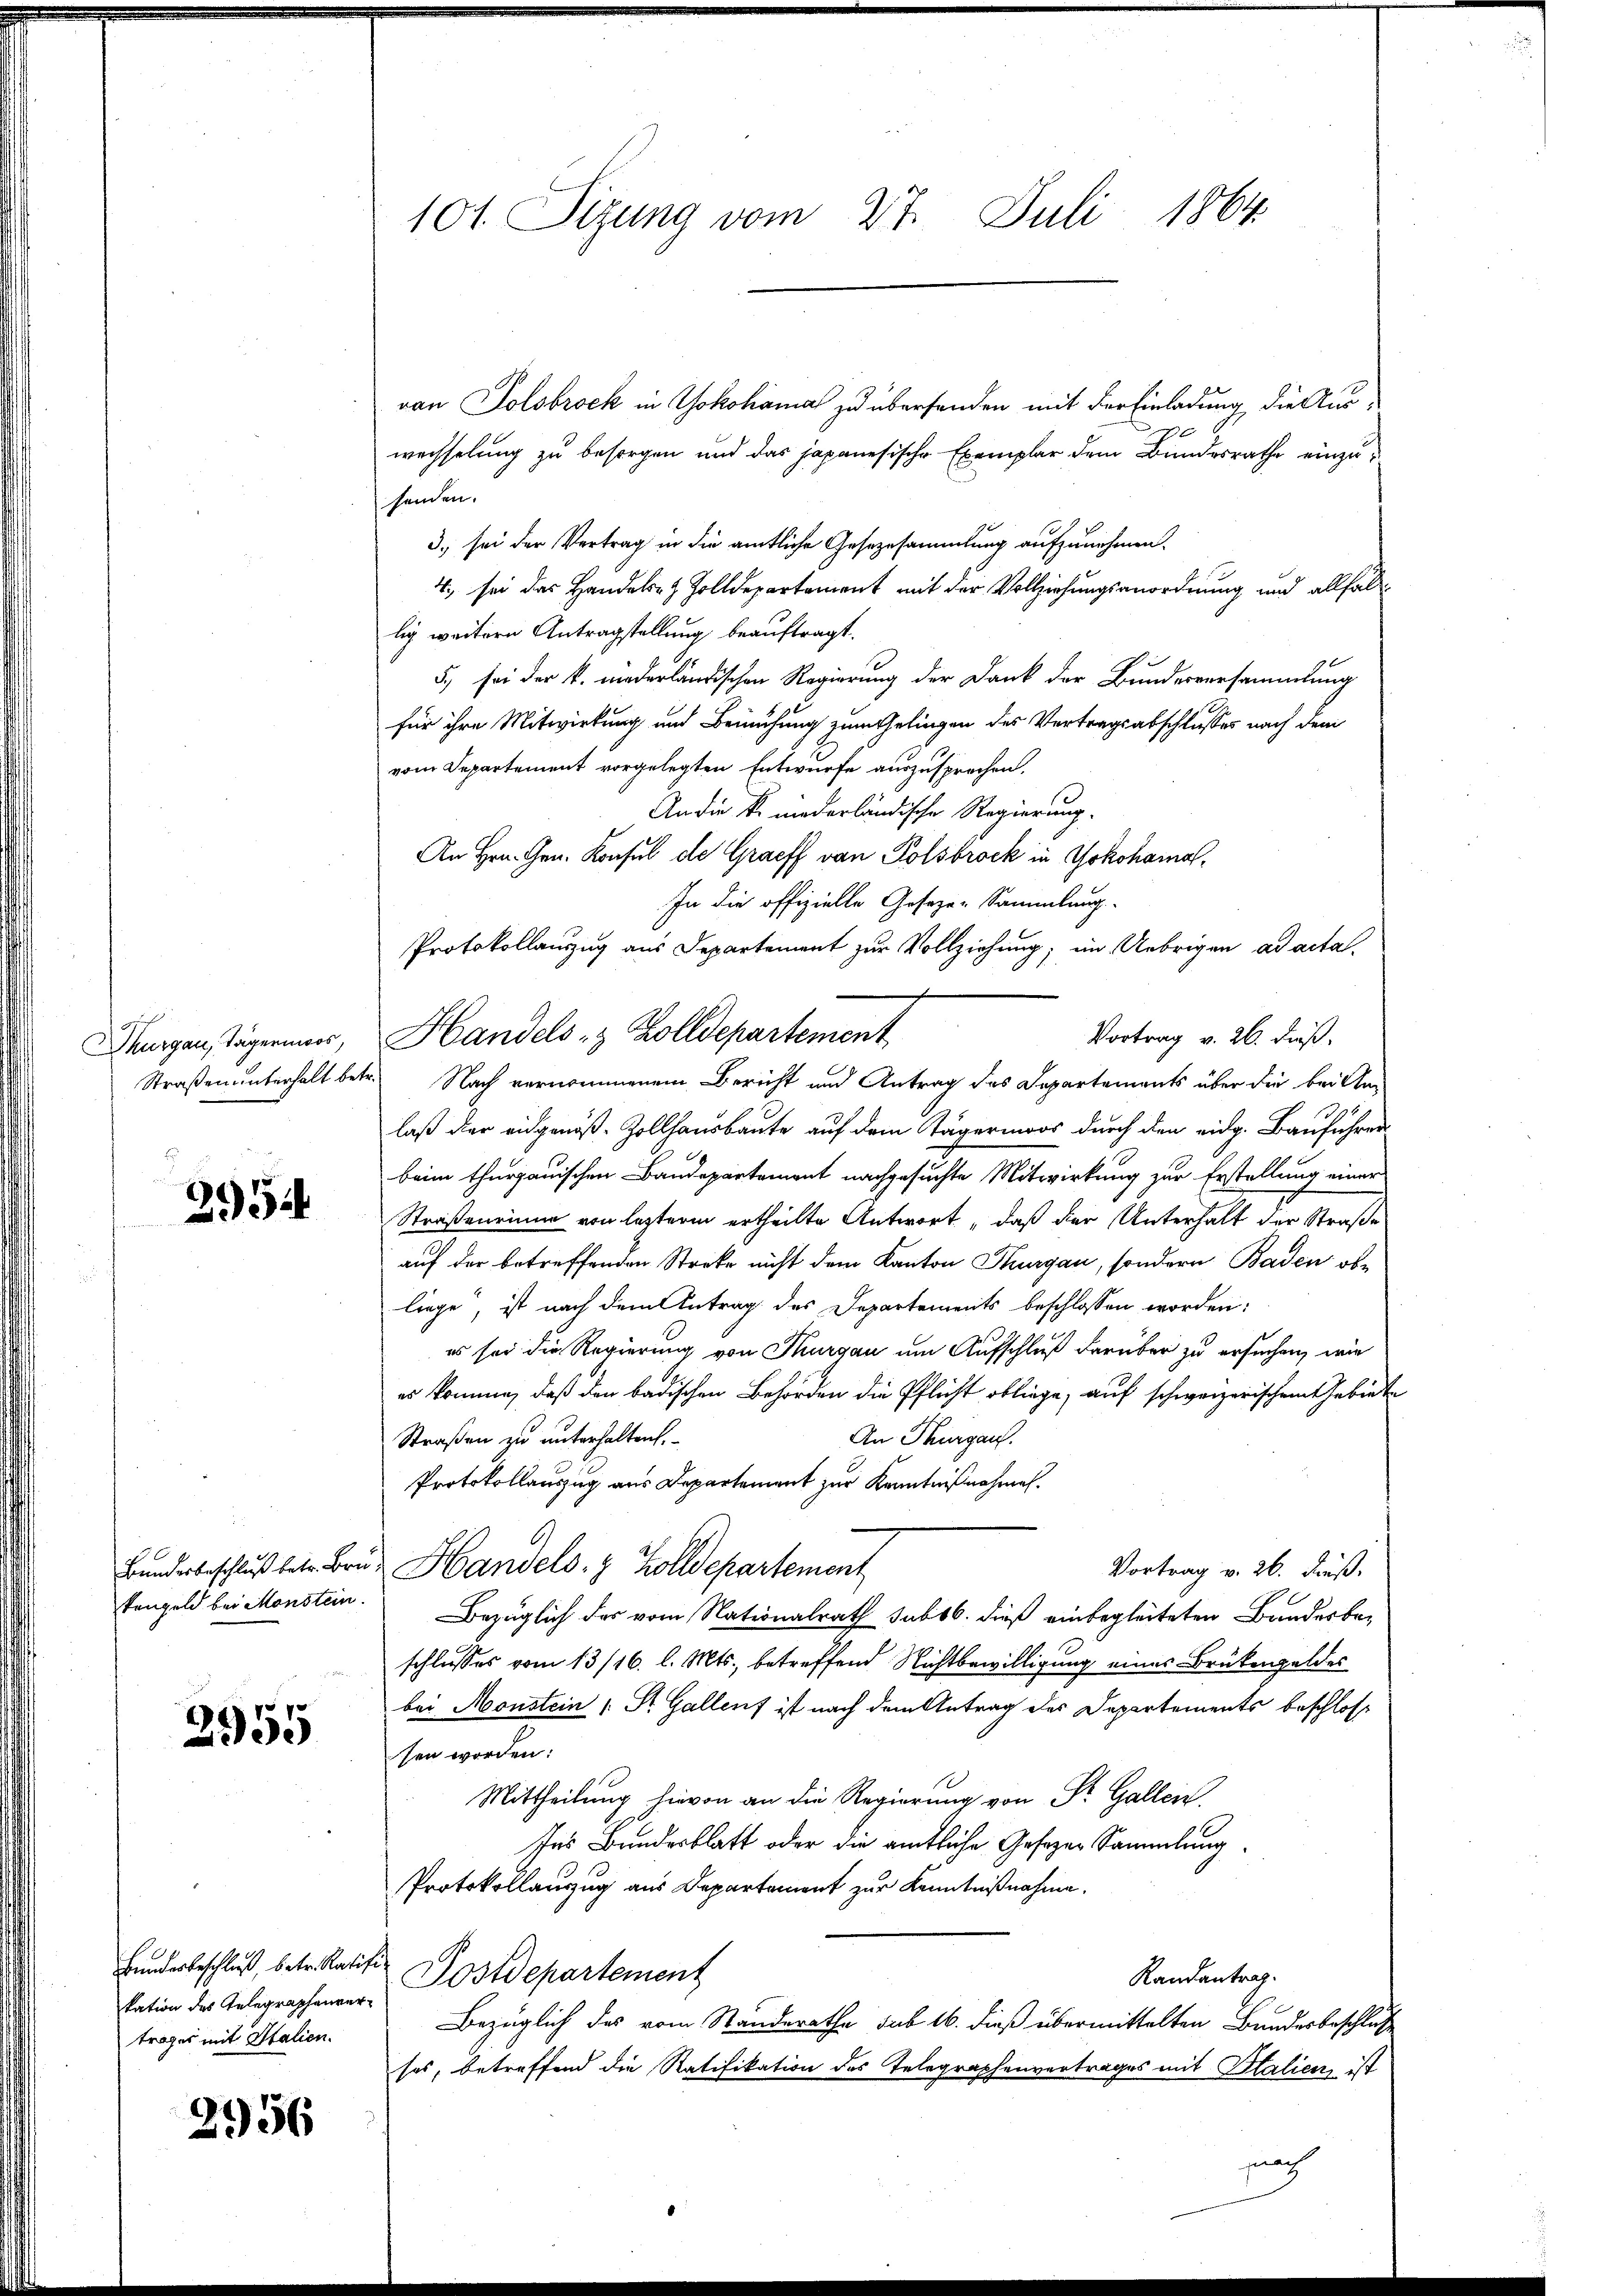
ouf

2954

kengeld bei Monstein.

2955

von Tolsbrock in Yokohama zu überhanden mit der Einladung die Aus¬
0
wechselung zu besorgen und das japanesische Exemplar dem Bundesrathe einzusenden.
3. sei der Vertrag in die amtliche Gesezesammlung aufzunehmen.
4., sei das Handels- & Zolldepartement mit der Vollziehungsanordnung und allfällig weitern Antragstellung beauftragt.
5., sei der k. niederländischen Regierung der Dank der Bundesversammlung
für ihre Mitwirkung und Bemühung zum Gelingen des Vertragsabschlusses nach dem
vom Departement vorgelegten Entwurfe auszusprechen.
An die K. niederländische Regierung.
An Hrn. Hrn. Konsul de Graeff von Polsbrock in Yokohamal
In die offizielle Geseze-Sammlung
Protokollauzug aus Departement zur Vollziehung; im Uebrigen ad actal-
Vortrag v. 26. dieß.
Murgenstägerner, Handels- & Zolldepartement
Straßenunterhalt betr. Nach vernommenem Bericht und Antrag des Departements über die bei Anlaß der eidgenöß-Zollhausbaute auf dem Tägenmoos durch den eidg. Bauführen
beim thurgauischen Baudepartement nachgesuchte Mitwirkung zur Erstellung einer
Straßenrinne von lezterm ertheilte Antwort, daß der Unterhalt der Straße
auf der betreffenden Streke nicht dem Kanton Thurgau, sondern Baden obliege, ist nach dem Antrag des Departements beschlossen worden:
es sei die Regierung von Thurgau um Aufschluß darüber zu ersuchen, wie
es komme, daß den badischen Behörden die Pflicht obliege, auf schweizerischen Gebiete
An Thurgau.
Straßen zu unterhalten,
Protokollauszug aus Departement zur Kenntnißnahmen.
Bundesbeschluß betr. Bru- Handels- & Zolldepartement
Vortrag v. 26. dieß.
Bezüglich des vom Nationalrath sub 16. dieß einbegleiteten Bandesbeschlusses vom 13/16. l. Mts., betreffend Nichtbewilligung eines Brükengeldes
bei Monstein 1 St. Gallenf ist nach dem Antrag des Departements beschloss
sen worden:
Mittheilung hievon an die Regierung von Fr. Gallein.
Ins Bundesblatt oder die amtliche Gesezes Sammlung
Protokollauszug aus Departement zur Kenntnißnahme.
Hundesbeschluß, betr. Ratif Postdepartement
Randantrag.
Bezüglich das vom Standerathe sub 16. dieß übermittelten Bundesbeschluß
ses, betreffend die Ratifikation des Telegraphenvertrages mit Halien, ist
fnach

kation des Telegraphenverträger mit Malien.

2956

101. Sizung vom 27. Juli 1864